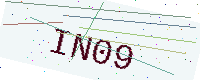
Text: IN09